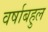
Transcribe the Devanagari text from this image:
वर्षाबहुल